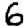
Digit: 6